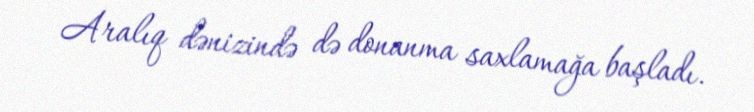
Aralıq dənizində də donanma saxlamağa başladı.